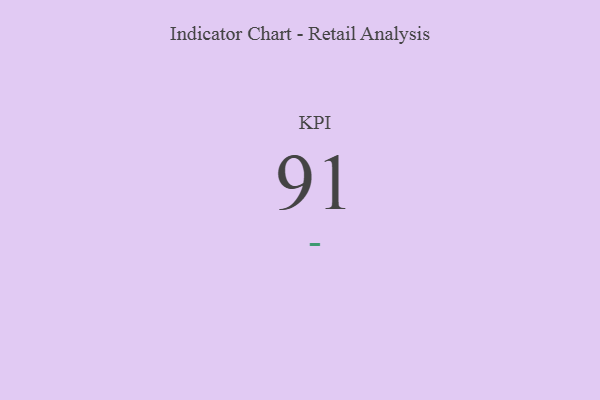
{"axis": {"x": "KPI", "y": "Value"}, "legend": [""], "data": [{"x": "KPI", "y": 91, "type": ""}]}